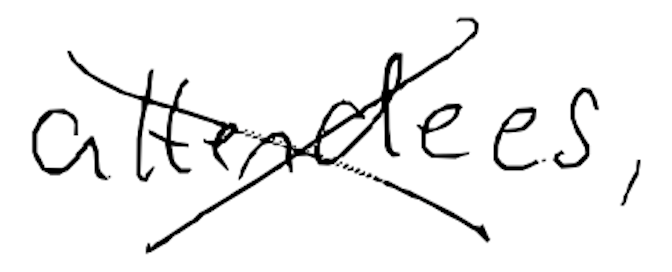
Text: attendees,
Cross-out: cross
Writing tool: digital_black